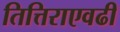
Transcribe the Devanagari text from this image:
तित्तिराएवढी